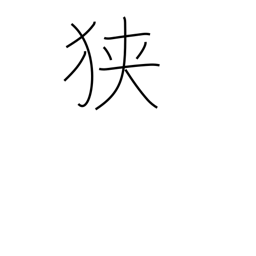
Meaning: tight